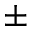
\pm